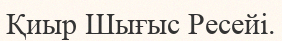
Қиыр Шығыс Ресейі.